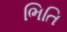
ભિતિ